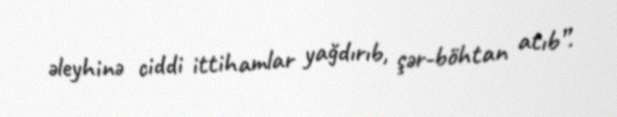
əleyhinə ciddi ittihamlar yağdırıb, şər-böhtan atıb”.